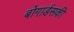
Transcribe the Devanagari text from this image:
बोगार्डसकी